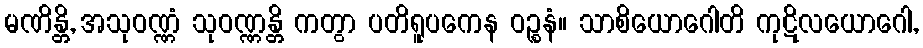
မဏိန္တိ, အသုဝဏ္ဏံ သုဝဏ္ဏန္တိ ကတွာ ပတိရူပကေန ဝဉ္စနံ။ သာစိယောဂေါတိ ကုဋိလယောဂေါ,